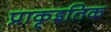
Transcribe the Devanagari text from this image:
प्राकृइतिक